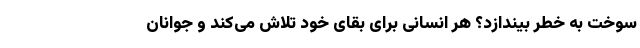
سوخت به خطر بیندازد؟ هر انسانی برای بقای خود تلاش می‌کند و جوانان